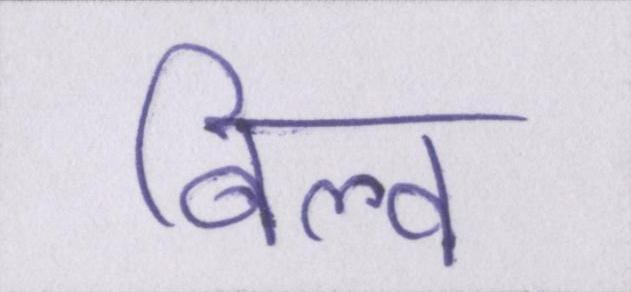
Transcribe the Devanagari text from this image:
बिल्व